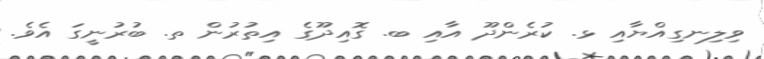
ވިލިނގިއްޔާއި ޅ. ކުރެންދޫ އާއި ބ. ގޮއިދޫގެ އިތުރުން ތ. ބުރުނީގަ އެވެ.